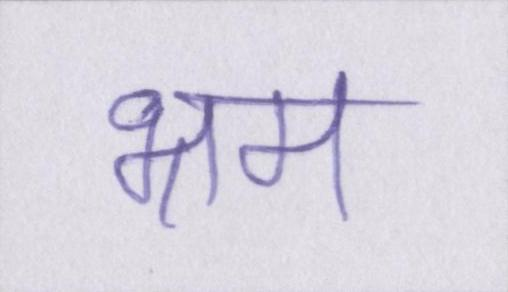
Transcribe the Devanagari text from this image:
भ्रम